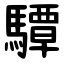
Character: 驔